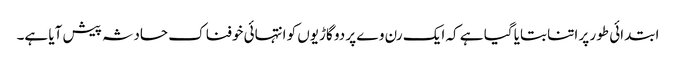
ابتدائی طور پر اتنا بتایا گیا ہے کہ ایک رن وے پر دو گاڑیوں کو انتہائی خوفناک حادثہ پیش آیا ہے۔